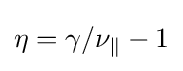
\eta =\gamma /\nu _{\parallel }-1